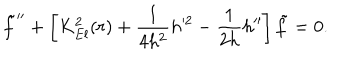
LaTeX: { \tilde { f } } ^ { \prime \prime } + \left[ K _ { E l } ^ { 2 } ( r ) + \frac { 1 } { 4 h ^ { 2 } } h ^ { 2 } - \frac { 1 } { 2 h } h ^ { \prime \prime } \right] { \tilde { f } } = 0 .